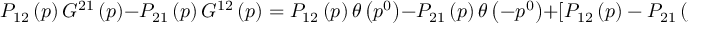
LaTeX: P _ { 1 2 } \left( p \right) G ^ { 2 1 } \left( p \right) - P _ { 2 1 } \left( p \right) G ^ { 1 2 } \left( p \right) = P _ { 1 2 } \left( p \right) \theta \left( p ^ { 0 } \right) - P _ { 2 1 } \left( p \right) \theta \left( - p ^ { 0 } \right) + \left[ P _ { 1 2 } \left( p \right) - P _ { 2 1 } \left( p \right) \right] f \left( p \right)